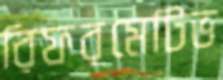
রিফরমেটিভ